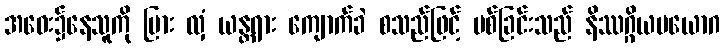
အဝေး၌နေသူကို မြား လှံ ယန္တရား ကျောက်ခဲ စသည်ဖြင့် ပစ်ခြင်းသည် နိဿဂ္ဂိယပယောဂ